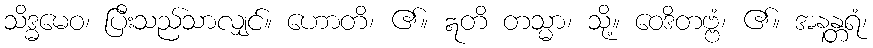
သိဒ္ဓမေဝ၊ ပြီးသည်သာလျှင်။ ဟောတိ၊ ၏။ ဣတိ တသ္မာ၊ သို့။ ဝေဒိတဗ္ဗံ၊ ၏။ အနန္တရံ၊